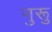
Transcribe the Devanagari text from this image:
गुरूु